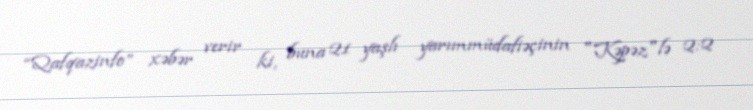
“Qafqazinfo” xəbər verir ki, buna 21 yaşlı yarımmüdafiəçinin "Kəpəz"lə 2:2